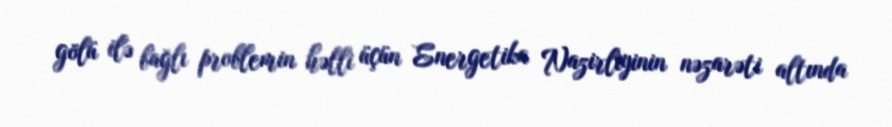
gölü ilə bağlı problemin həlli üçün Energetika Nazirliyinin nəzarəti altında